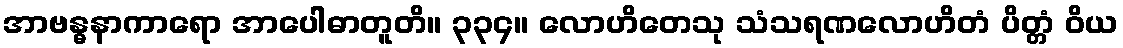
အာဗန္ဓနာကာရော အာပေါဓာတူတိ။ ၃၃၄။ လောဟိတေသု သံသရဏလောဟိတံ ပိတ္တံ ဝိယ